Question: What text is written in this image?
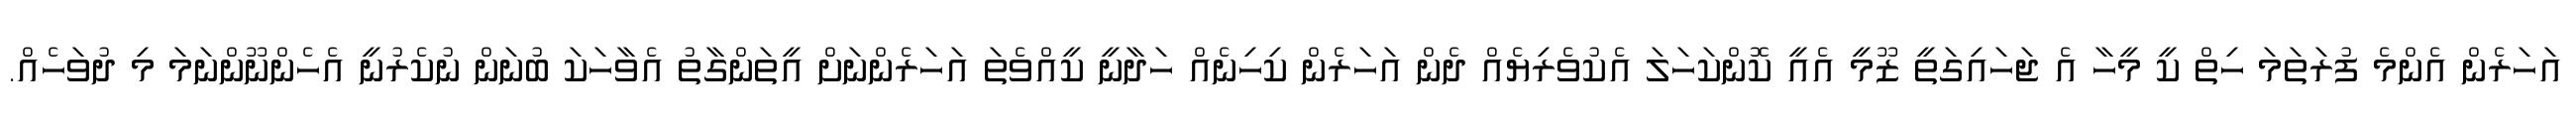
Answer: އަހަރެން އެންމެ ފުރަތަމަ ހިތް ކީ މީހާ އެ ޖަހައިގަތީ ޒޫމީ އެއީ ކޮންކަހަލަ އެކުވެރިޔެއް ދެން އަހަރެން ކިހިނެއް ހަދާނީ ކީއްވެތަ އަހަރެންނަށް އީތަންގާތު އެވާހަކަ ބުނަން ނުކެރުނީ އެހެންނޫންނަމަ މި ދުވަހެއް.